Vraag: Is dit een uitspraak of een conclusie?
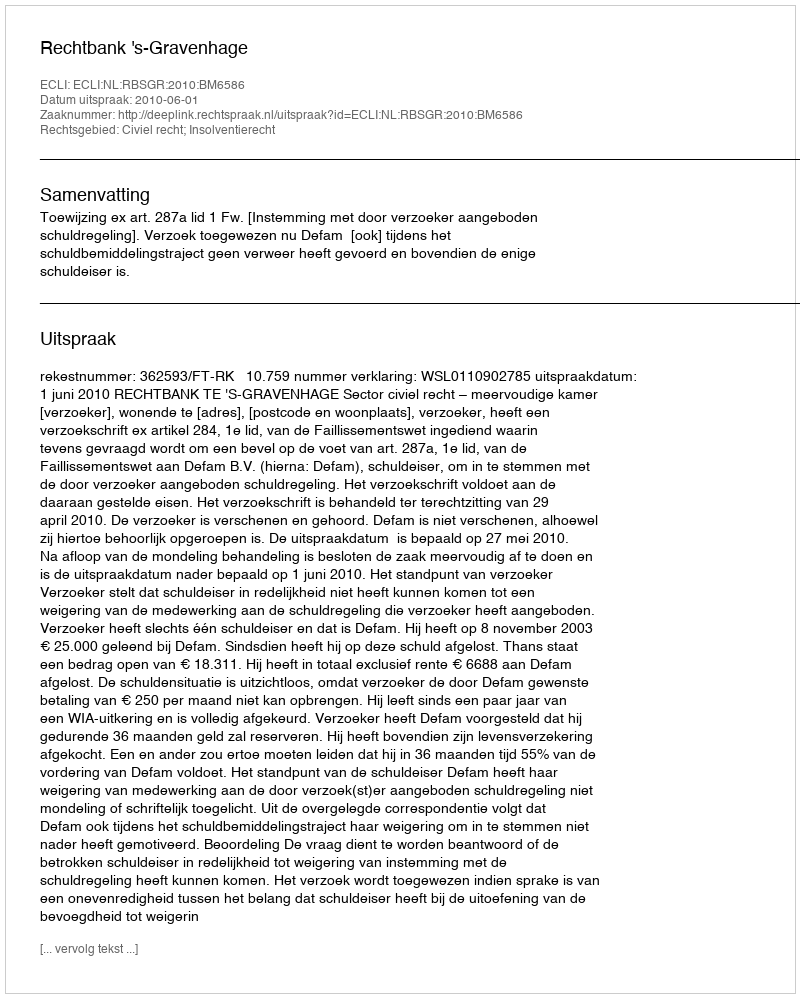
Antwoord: Uitspraak